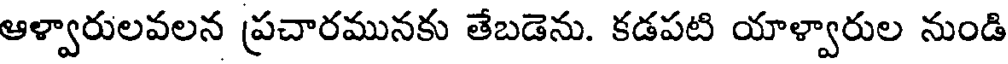
ఆళ్వారులవలన ప్రచారమునకు తేబడెను. కడపటి యాళ్వారుల నుండి